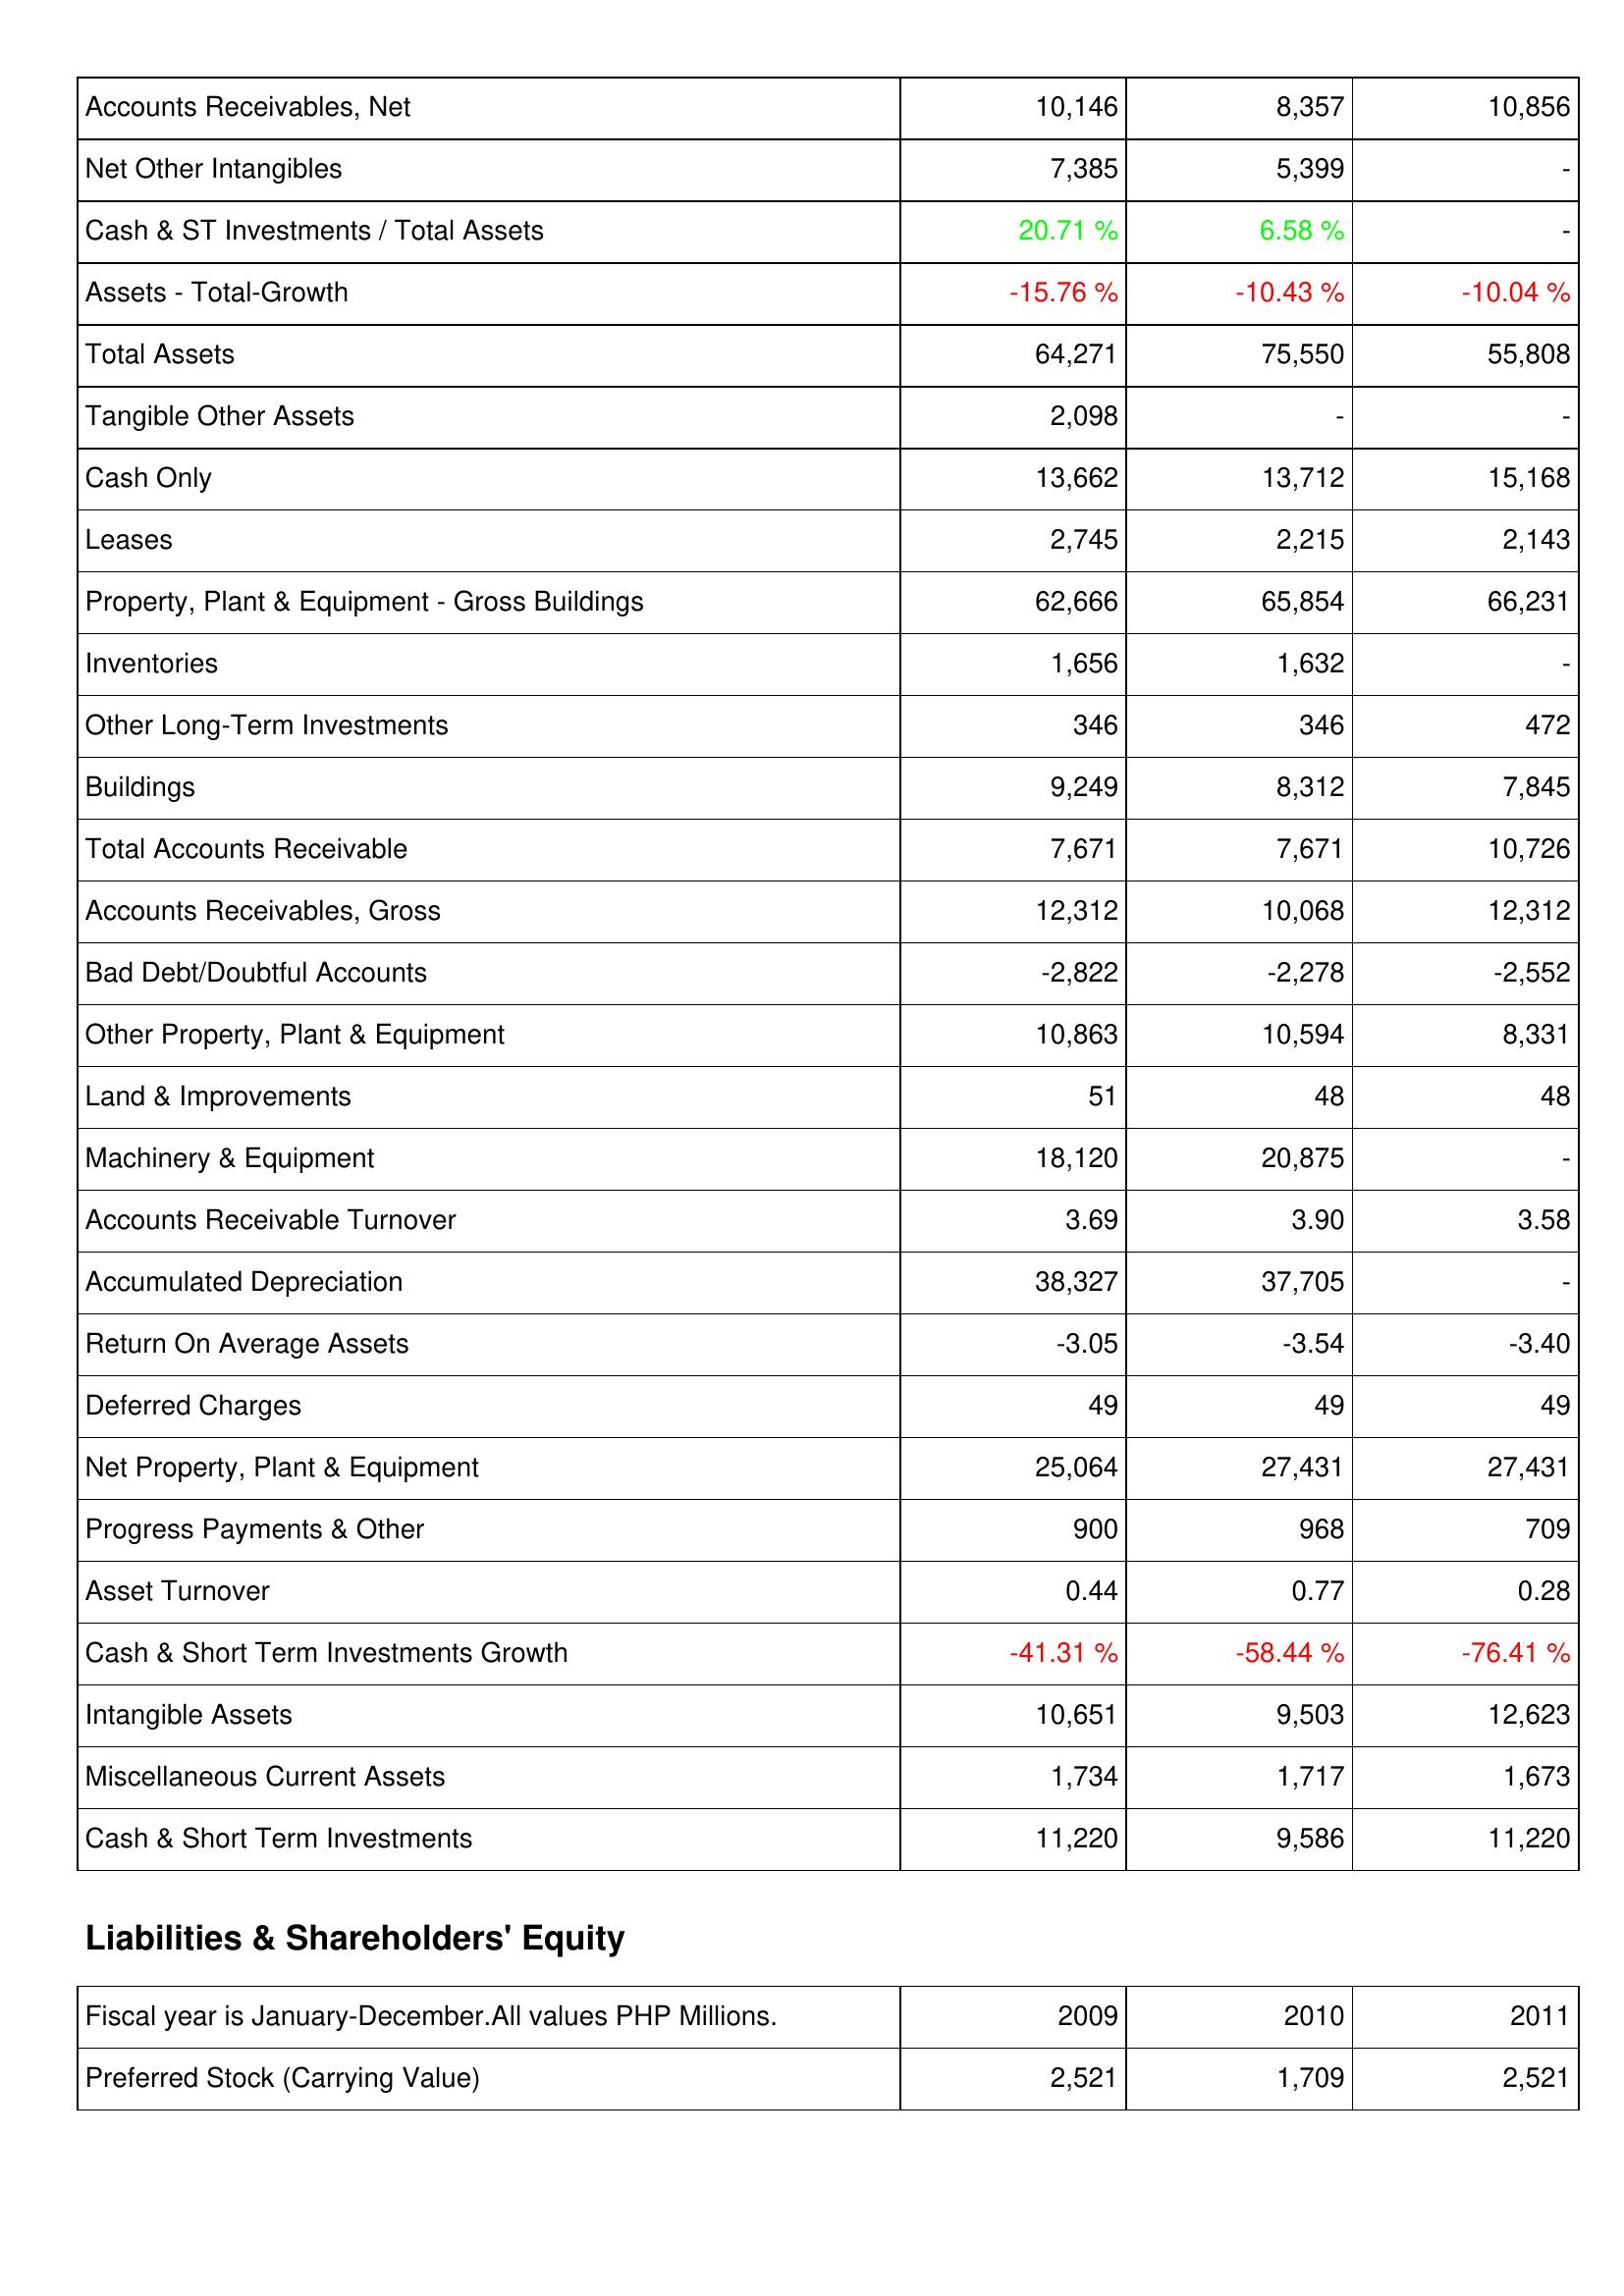
2009: Assets: Accounts Receivables, Net: 10,146
Net Other Intangibles: 7,385
Cash & ST Investments / Total Assets: 20.71 %
Assets - Total-Growth: -15.76 %
Total Assets: 64,271
Tangible Other Assets: 2,098
Cash Only: 13,662
Leases: 2,745
Property, Plant & Equipment - Gross Buildings: 62,666
Inventories: 1,656
Other Long-Term Investments: 346
Buildings: 9,249
Total Accounts Receivable: 7,671
Accounts Receivables, Gross: 12,312
Bad Debt/Doubtful Accounts: -2,822
Other Property, Plant & Equipment: 10,863
Land & Improvements: 51
Machinery & Equipment: 18,120
Accounts Receivable Turnover: 3.69
Accumulated Depreciation: 38,327
Return On Average Assets: -3.05
Deferred Charges: 49
Net Property, Plant & Equipment: 25,064
Progress Payments & Other: 900
Asset Turnover: 0.44
Cash & Short Term Investments Growth: -41.31 %
Intangible Assets: 10,651
Miscellaneous Current Assets: 1,734
Cash & Short Term Investments: 11,220
Liabilities & Shareholders' Equity: Preferred Stock (Carrying Value): 2,521
2010: Assets: Accounts Receivables, Net: 8,357
Net Other Intangibles: 5,399
Cash & ST Investments / Total Assets: 6.58 %
Assets - Total-Growth: -10.43 %
Total Assets: 75,550
Tangible Other Assets: -
Cash Only: 13,712
Leases: 2,215
Property, Plant & Equipment - Gross Buildings: 65,854
Inventories: 1,632
Other Long-Term Investments: 346
Buildings: 8,312
Total Accounts Receivable: 7,671
Accounts Receivables, Gross: 10,068
Bad Debt/Doubtful Accounts: -2,278
Other Property, Plant & Equipment: 10,594
Land & Improvements: 48
Machinery & Equipment: 20,875
Accounts Receivable Turnover: 3.90
Accumulated Depreciation: 37,705
Return On Average Assets: -3.54
Deferred Charges: 49
Net Property, Plant & Equipment: 27,431
Progress Payments & Other: 968
Asset Turnover: 0.77
Cash & Short Term Investments Growth: -58.44 %
Intangible Assets: 9,503
Miscellaneous Current Assets: 1,717
Cash & Short Term Investments: 9,586
Liabilities & Shareholders' Equity: Preferred Stock (Carrying Value): 1,709
2011: Assets: Accounts Receivables, Net: 10,856
Net Other Intangibles: -
Cash & ST Investments / Total Assets: -
Assets - Total-Growth: -10.04 %
Total Assets: 55,808
Tangible Other Assets: -
Cash Only: 15,168
Leases: 2,143
Property, Plant & Equipment - Gross Buildings: 66,231
Inventories: -
Other Long-Term Investments: 472
Buildings: 7,845
Total Accounts Receivable: 10,726
Accounts Receivables, Gross: 12,312
Bad Debt/Doubtful Accounts: -2,552
Other Property, Plant & Equipment: 8,331
Land & Improvements: 48
Machinery & Equipment: -
Accounts Receivable Turnover: 3.58
Accumulated Depreciation: -
Return On Average Assets: -3.40
Deferred Charges: 49
Net Property, Plant & Equipment: 27,431
Progress Payments & Other: 709
Asset Turnover: 0.28
Cash & Short Term Investments Growth: -76.41 %
Intangible Assets: 12,623
Miscellaneous Current Assets: 1,673
Cash & Short Term Investments: 11,220
Liabilities & Shareholders' Equity: Preferred Stock (Carrying Value): 2,521